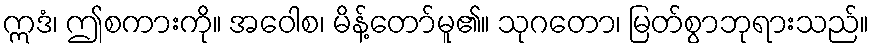
ဣဒံ၊ ဤစကားကို။ အဝေါစ၊ မိန့်တော်မူ၏။ သုဂတော၊ မြတ်စွာဘုရားသည်။